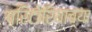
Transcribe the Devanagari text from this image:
प्रिटोरियाच्या